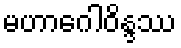
မဟာဂေါဝိန္ဒဿ